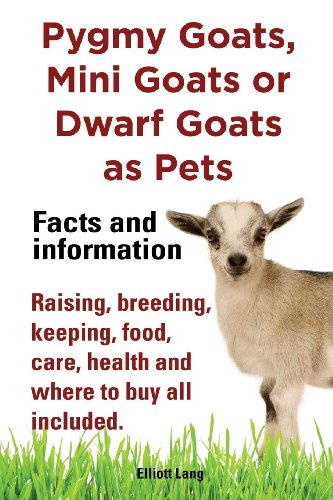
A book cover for Pygmy Goats as Pets. Pygmy Goats, Mini Goats or Dwarf Goats: Facts and Information. Raising, Breeding, Keeping, Milking, Food, Care, Health and Where; Elliott Lang; Crafts, Hobbies & Home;